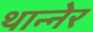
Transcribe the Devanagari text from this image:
थान्नेर